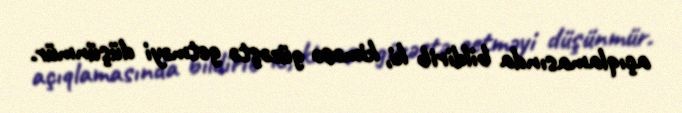
açıqlamasında bildirib ki, kiməsə güzəştə getməyi düşünmür.